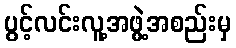
ပွင့်လင်းလူ့အဖွဲ့အစည်းမှ